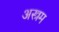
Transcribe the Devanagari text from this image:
अस्त्रम